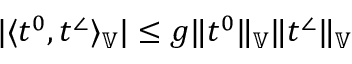
| \langle t ^ { 0 } , t ^ { \angle } \rangle _ { \mathbb { V } } | \le g \| t ^ { 0 } \| _ { \mathbb { V } } \| t ^ { \angle } \| _ { \mathbb { V } }